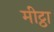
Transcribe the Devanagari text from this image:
मीट्ठा